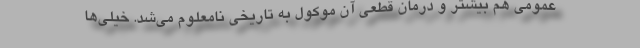
عمومی هم بیشتر و درمان قطعی آن موکول به تاریخی نامعلوم می‌شد. خیلی‌ها